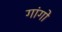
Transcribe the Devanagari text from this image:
गांगो